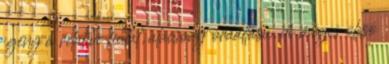
igény a relatíve fiatal, alacsony óraállású, de mégis olcsó